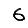
Digit: 6